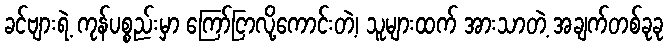
ခင်ဗျားရဲ့ ကုန်ပစ္စည်းမှာ ကြော်ငြာလို့ကောင်းတဲ့၊ သူများထက် အားသာတဲ့ အချက်တစ်ခုခု